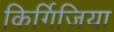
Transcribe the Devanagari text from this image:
किर्गिजिया